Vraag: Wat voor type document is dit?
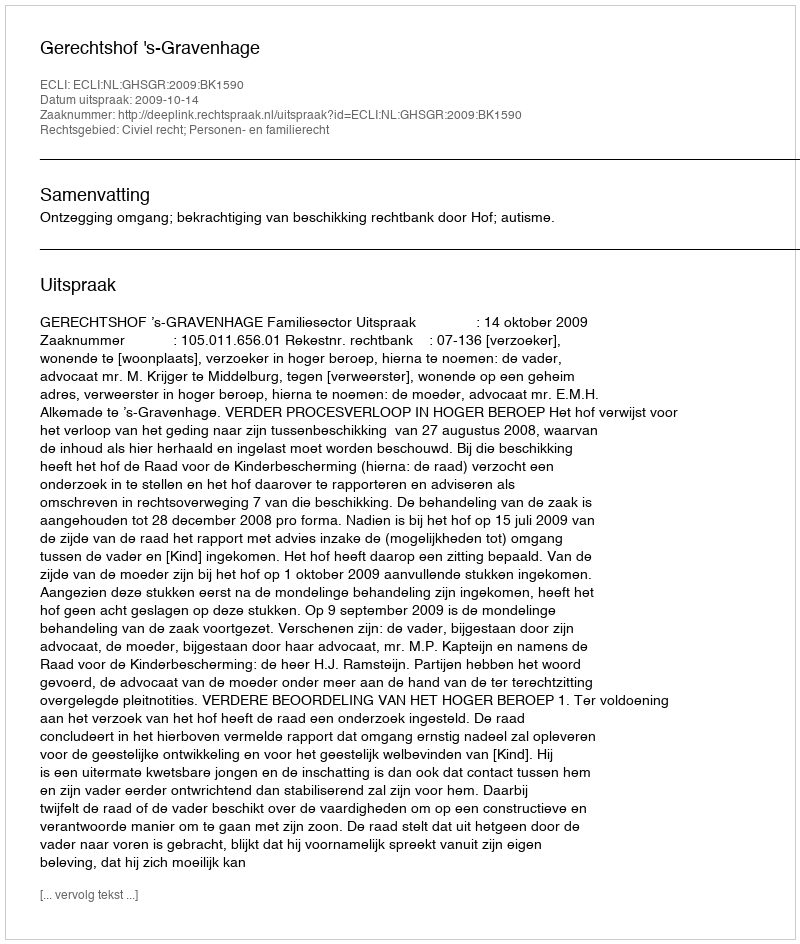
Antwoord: Uitspraak